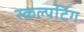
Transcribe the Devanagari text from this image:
स्कल्पटिंग